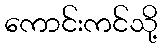
ကောင်းကင်သို့